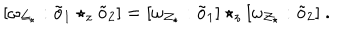
LaTeX: [ \omega _ { { \cal Z } _ { \star } } : \tilde { o } _ { 1 } \star _ { z } \tilde { o } _ { 2 } ] = [ \omega _ { { \cal Z } _ { \star } } : \tilde { o } _ { 1 } ] \star _ { z } [ \omega _ { { \cal Z } _ { \star } } : \tilde { o } _ { 2 } ] ~ .